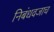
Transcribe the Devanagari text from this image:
निबंधवजाच